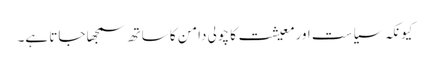
کیونکہ سیاست اورمعیشت کا چولی دامن کا ساتھ سمجھا جاتا ہے۔